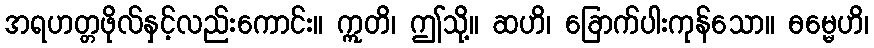
အရဟတ္တဖိုလ်နှင့်လည်းကောင်း။ ဣတိ၊ ဤသို့။ ဆဟိ၊ ခြောက်ပါးကုန်သော။ ဓမ္မေဟိ၊